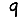
Digit: 9